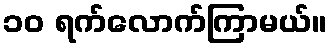
၁၀ ရက်လောက်ကြာမယ်။